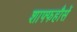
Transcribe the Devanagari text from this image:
शाफ्फहौसें